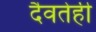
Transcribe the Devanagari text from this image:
दैवतेही